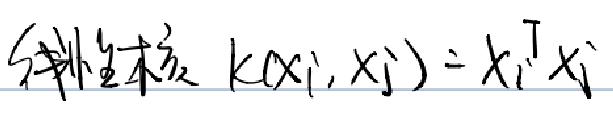
线性核 $k(x_i, x_j)=x_i^{\mathrm{T}}x_j$